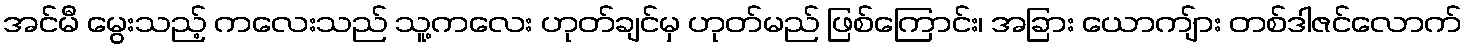
အင်မီ မွေးသည့် ကလေးသည် သူ့ကလေး ဟုတ်ချင်မှ ဟုတ်မည် ဖြစ်ကြောင်း၊ အခြား ယောကျ်ား တစ်ဒါဇင်လောက်